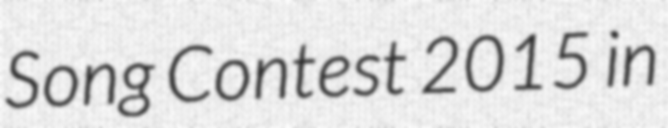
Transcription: Song Contest 2015 in